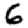
Digit: 6